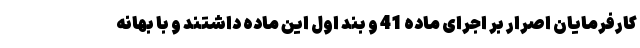
کارفرمایان اصرار بر اجرای ماده 41 و بند اول این ماده داشتند و با بهانه